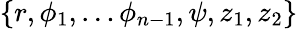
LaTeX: \{ r,\phi_{1},\ldots\phi_{n-1},\psi,z_{1},z_{2}\}